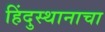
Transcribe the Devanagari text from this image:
हिंदुस्थानाचा